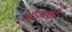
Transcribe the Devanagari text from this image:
ओजश्वी